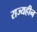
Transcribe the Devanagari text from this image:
राज्यहीन